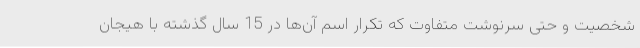
شخصیت و حتی سرنوشت متفاوت که تکرار اسم آن‌ها در 15 سال گذشته با هیجان